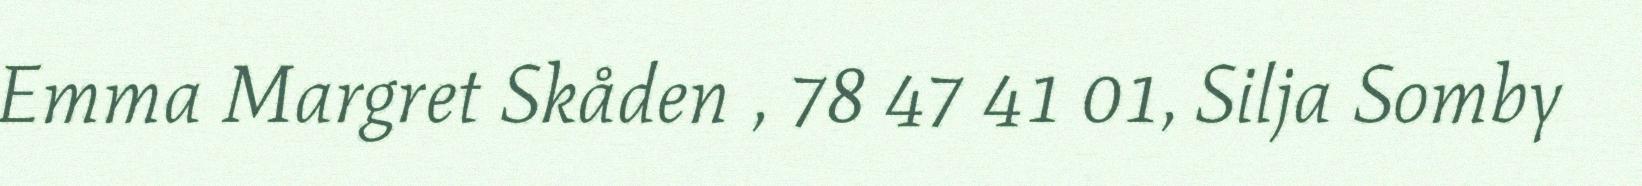
Emma Margret Skåden , 78 47 41 01, Silja Somby